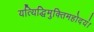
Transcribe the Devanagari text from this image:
यत्यिद्धिमुक्तिमहोदयं।